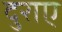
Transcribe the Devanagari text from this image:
दुराए